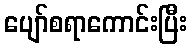
ပျော်စရာကောင်းပြီး